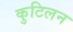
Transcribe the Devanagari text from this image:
कुटिलन